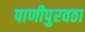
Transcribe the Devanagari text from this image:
पाणीपुरवठा